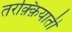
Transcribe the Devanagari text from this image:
तरक़्क़ियाती